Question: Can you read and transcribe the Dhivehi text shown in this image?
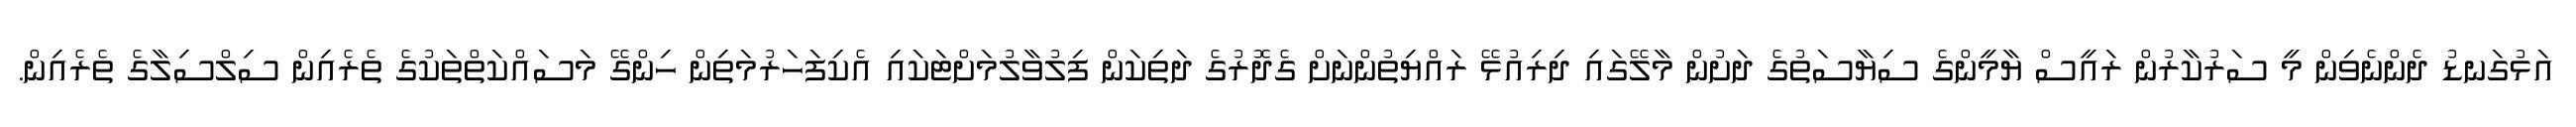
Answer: އަޅުގަނޑު ދެންނެވިން މީ ސަރުކާރުން ރައީސް ޔާމީންގެ ސިޔާސަތުގެ ދަށުން މާލޭގައި ދިރިއުޅޭ ރައްޔިތުންނަށް ގެދޮރުގެ ދަތިކަން ފިލުވާލުމަށްޓަކައި އެކިފަހަރުމަތިން ހިންގޭ މަސައްކަތްތަކުގެ ތެރެއިން ސިލްސިލާގެ ތެރެއިން.